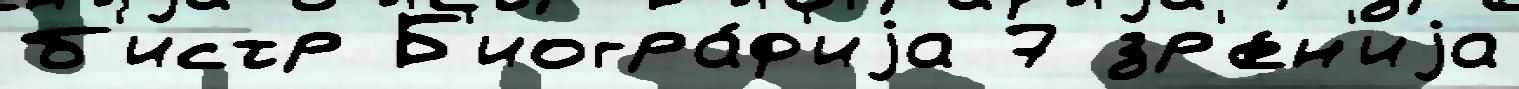
б'истр Б'иогра́ф'иjа 7 зр'е́н'иjа